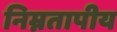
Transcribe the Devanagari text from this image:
निम्नतापीय